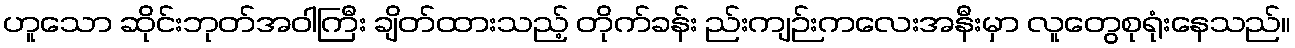
ဟူသော ဆိုင်းဘုတ်အဝါကြီး ချိတ်ထားသည့် တိုက်ခန်း ည်းကျဉ်းကလေးအနီးမှာ လူတွေစုရုံးနေသည်။